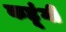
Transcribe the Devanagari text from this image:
कहूंगी